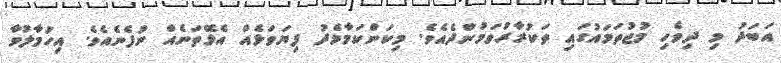
އަބަދު މި ދިވެހި މުޖުތަމައުގައި ތަކުރާރުވަމުންދެއެވެ. މިކަންކަމާމެދު ފިޔަވަޅެއް އެޅޭތަނެއް ނުފެނެއެވެ. އިހުމާލުވާ